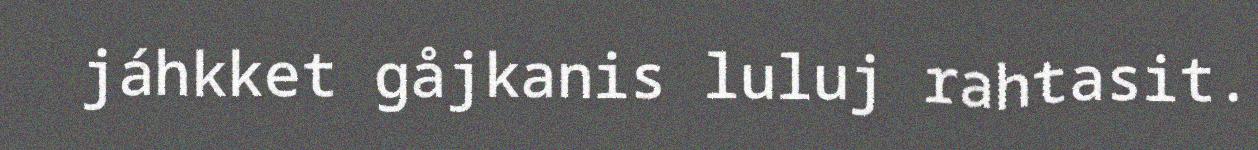
jáhkket gåjkanis luluj rahtasit.